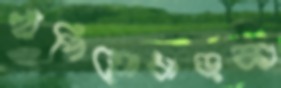
হাঁপিয়োধাড়কা